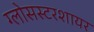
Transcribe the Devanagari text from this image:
ग्लोसस्टरशायर